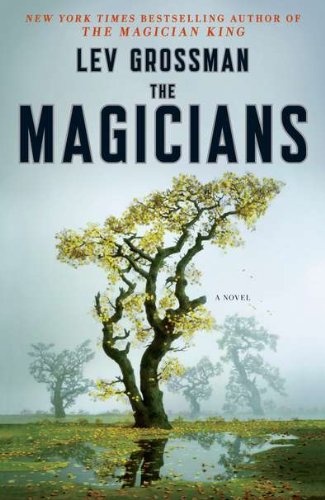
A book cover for The Magicians: A Novel (Magicians Trilogy); Lev Grossman; Science Fiction & Fantasy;